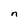
Character: n